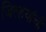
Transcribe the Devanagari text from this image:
जिल्हयांची